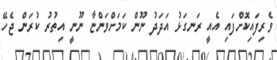
ވެރިފައިކޮށްފައި އެއީ ރަނގަޅު އަދަދު ނޫން ކަމަށްވަންޏާ ނޫނީ އިތުރު ކުރަން ޖެހޭ